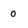
Character: 0